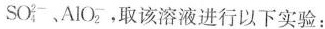
SO_{4}^{2-}、AlO_{2}^{-}，取该溶液进行以下实验：